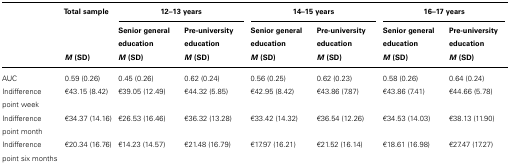
|  | Total sample | <COLSPAN=2> 12–13 years | <COLSPAN=2> 14–15 years | <COLSPAN=2> 16–17 years |
 |  |  | Senior general education | Pre-university education | Senior general education | Pre-university education | Senior general education | Pre-university education |
 |  | M (SD) | M (SD) | M (SD) | M (SD) | M (SD) | M (SD) | M (SD) |
 | --- | --- | --- | --- | --- | --- | --- | --- |
 | AUC | 0.59 (0.26) | 0.45 (0.26) | 0.62 (0.24) | 0.56 (0.25) | 0.62 (0.23) | 0.58 (0.26) | 0.64 (0.24) |
 | Indifference point week | €43.15 (8.42) | €39.05 (12.49) | €44.32 (5.85) | €42.95 (8.42) | €43.86 (7.87) | €43.86 (7.41) | €44.66 (5.78) |
 | Indifference point month | €34.37 (14.16) | €26.53 (16.46) | €36.32 (13.28) | €33.42 (14.32) | €36.54 (12.26) | €34.53 (14.03) | €38.13 (11.90) |
 | Indifference point six months | €20.34 (16.76) | €14.23 (14.57) | €21.48 (16.79) | €17.97 (16.21) | €21.52 (16.14) | €18.61 (16.98) | €27.47 (17.27) |